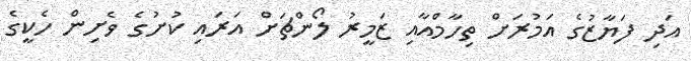
އަދި ފަޔާޒުގެ އަމުރަށް ތިހާމްއާއި ޒަމީރު ލޯންޗަށް އަރައި ކުށުގެ ވެށިން ހެކީގެ